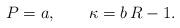
LaTeX: \begin{align*}P=a,\qquad\kappa =b\,R -1.\end{align*}